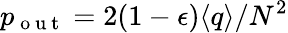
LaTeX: p_{\mathrm{~o~u~t~}}=2(1-\epsilon)\langle q\rangle/N^{2}